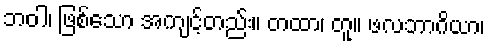
ဘဝါ၊ ဖြစ်သော အကျင့်တည်း။ တထာ၊ တူ။ ဖလဘာဂိယာ၊